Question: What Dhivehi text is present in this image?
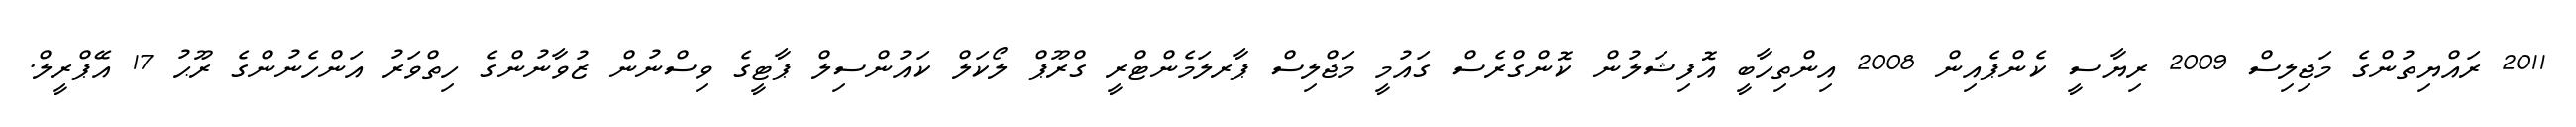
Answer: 2011 ރައްޔިތުންގެ މަޖިލިސް 2009 ރިޔާސީ ކެންޕެއިން 2008 އިންތިހާބީ އޮފިޝަލުން ކޮންގްރެސް ގައުމީ މަޖްލިސް ޕާރލަމެންޓްރީ ގްރޫޕް ލޯކަލް ކައުންސިލް ޕާޓީގެ ވިސްނުން ޒުވާނުންގެ ހިތްވަރު އަންހެނުންގެ ރޫޙު 17 އޭޕްރީލް.